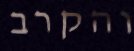
והקרב